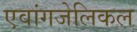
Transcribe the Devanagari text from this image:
एवांगजेलिकल